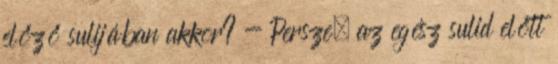
előző sulijában akkor? - Persze, az egész sulid előtt